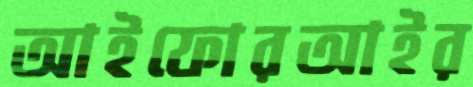
আইফোরআইর